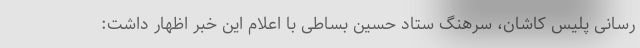
رسانی پلیس کاشان، سرهنگ ستاد حسین بساطی با اعلام این خبر اظهار داشت: